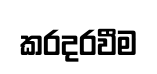
කරදරවීම